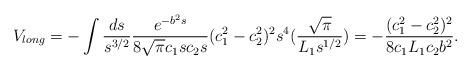
LaTeX: \begin{align*}V_{long}= -\int \frac{ds}{s^{3/2}}\frac{e^{-b^2 s}}{8\sqrt{\pi} c_1 s c_2 s}(c_{1}^{2}-c_{2}^{2})^{2}s^4 (\frac{\sqrt{\pi}}{L_1 s^{1/2}})=-\frac{(c_{1}^{2}-c_{2}^{2})^{2}}{8 c_1 L_1 c_2 b^{2}}.\end{align*}